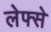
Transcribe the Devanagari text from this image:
लेफ्से